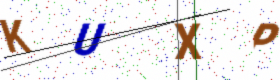
Text: KUXP